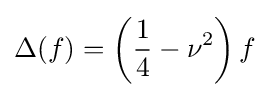
\Delta (f)=\left({\frac {1}{4}}-\nu ^{2}\right)f